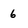
Character: 6